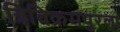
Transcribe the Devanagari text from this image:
त्रिविक्रमपुरला